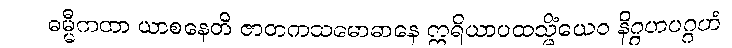
ဓမ္မီကထာ ယာစနေတိ ဇာတကသမောဓာနေ ဣရိယာပထသ္မိံယေဝ နိဂ္ဂဟပဂ္ဂဟံ